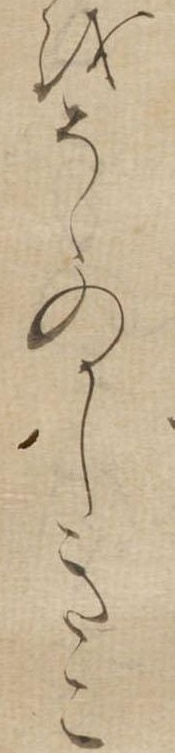
をそゝのかしきこ